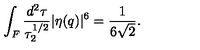
\int _ { F } \frac { d ^ { 2 } \tau } { \tau _ { 2 } ^ { 1 / 2 } } | \eta ( q ) | ^ { 6 } = \frac { 1 } { 6 \sqrt { 2 } } .